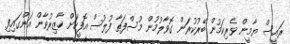
ރައީސް ޔާމީން ވެރިކަމުން ބޭރުކުރަން ގޮވާލުމުން މުސްފަތާ ފުލުސް އޮފީހަށް ހާޒިރުވާން އަންގައިފި